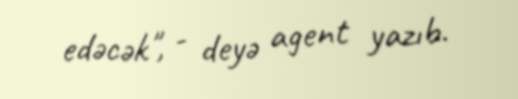
edəcək", - deyə agent yazıb.